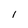
Character: l